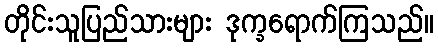
တိုင်းသူပြည်သားများ ဒုက္ခရောက်ကြသည်။